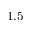
1 . 5